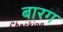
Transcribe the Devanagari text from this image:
बारग